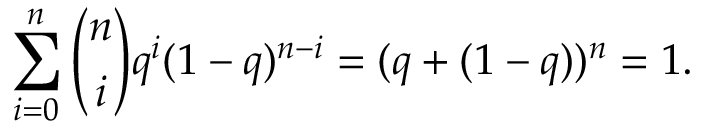
\sum _ { i = 0 } ^ { n } { \binom { n } { i } } q ^ { i } ( 1 - q ) ^ { n - i } = ( q + ( 1 - q ) ) ^ { n } = 1 .